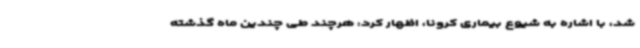
شد، با اشاره به شیوع بیماری کرونا، اظهار کرد: هرچند طی چندین ماه گذشته